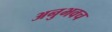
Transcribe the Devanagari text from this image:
अनुभवच